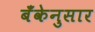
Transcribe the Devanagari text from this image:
बँकेनुसार